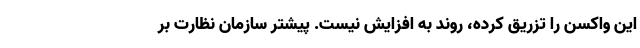
این واکسن را تزریق کرده، روند به افزایش نیست. پیشتر سازمان نظارت بر